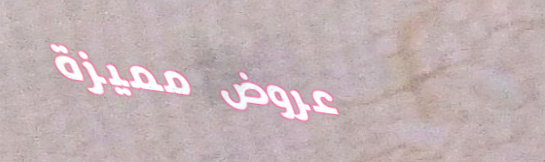
عروض مميزة